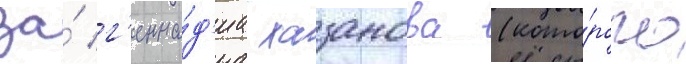
за́ г'енна́д'иа хазанова (кото́рого